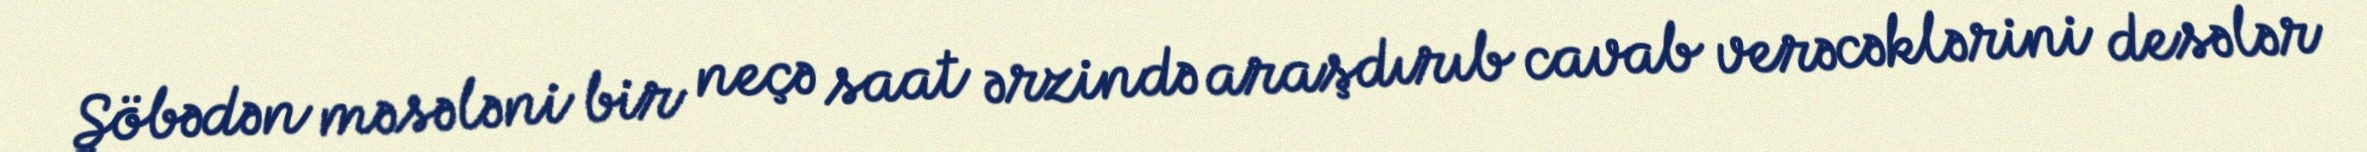
Şöbədən məsələni bir neçə saat ərzində araşdırıb cavab verəcəklərini desələr